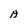
Character: A